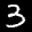
Label: 3